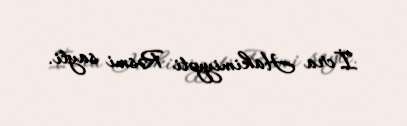
İcra Hakimiyyəti Rəsmi sayti.